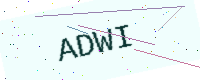
Text: ADWI